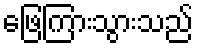
ဖြေကြားသွားသည်